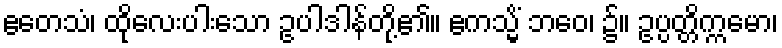
ဧတေသံ၊ ထိုလေးပါးသော ဥပါဒါန်တို့၏။ ဧကသ္မိံ ဘဝေ၊ ၌။ ဥပ္ပတ္တိက္ကမော၊